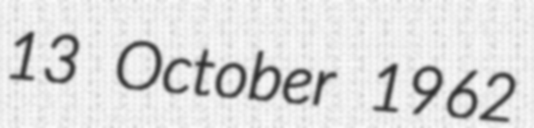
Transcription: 13 October 1962